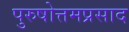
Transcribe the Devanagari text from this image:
पुरुषोत्तमप्रसाद